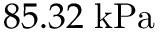
8 5 . 3 2 \; \mathrm { k P a }